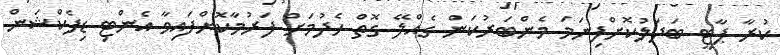
ކުރާ ޕާޓީ ބަދަލުކޮށްފިނަމަ މެންބަރުކަން ގެއްލޭ ގޮތް ހެދުމަށް ފަރުމާކޮށްފައިވާ އެންޓި ޑިފެކްޝަން